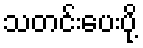
သတင်းပေးပို့